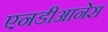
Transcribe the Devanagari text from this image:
एनडीआनेस